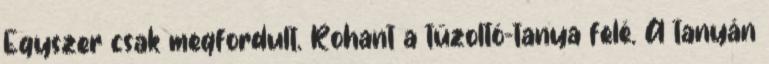
Egyszer csak megfordult. Rohant a tűzoltó-tanya felé. A tanyán